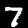
Digit: 7